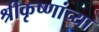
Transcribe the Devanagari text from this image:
श्रीकृष्णांच्या